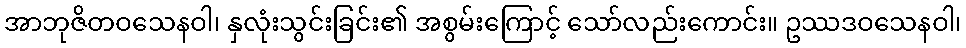
အာဘုဇိတဝသေနဝါ၊ နှလုံးသွင်းခြင်း၏ အစွမ်းကြောင့် သော်လည်းကောင်း။ ဥဿဒဝသေနဝါ၊